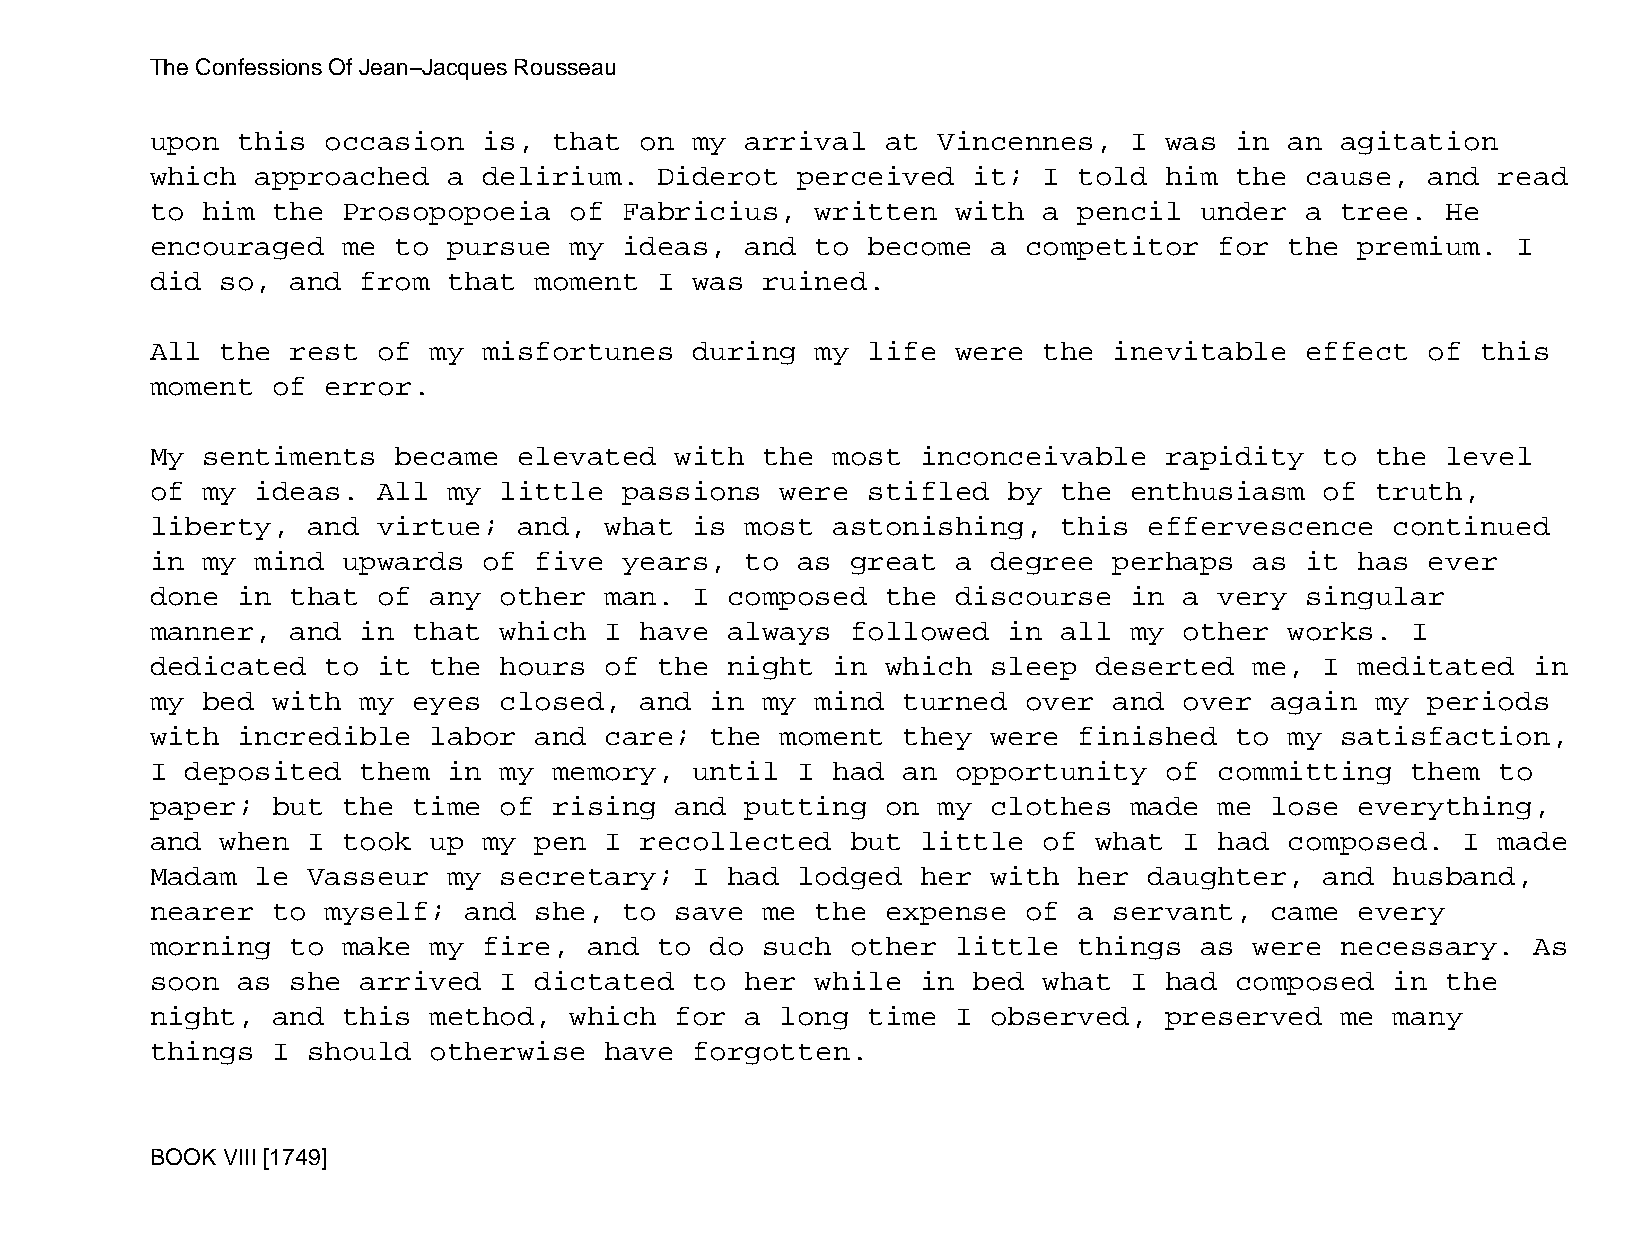
The Confessions Of Jean−Jacques Rousseau
 upon  this  occasion  is,  that on  my arrival   at Vincennes,   I was  in an  agitation
 which  approached   a delirium.   Diderot  perceived  it;  I told  him  the cause,   and read
 to him  the  Prosopopoeia   of Fabricius,   written  with  a pencil  under  a  tree.  He
 encouraged   me to  pursue  my ideas,  and  to become   a competitor   for the  premium.  I
 did  so, and  from  that moment   I was ruined.
 All  the rest  of my  misfortunes   during  my life  were  the  inevitable  effect   of this
 moment  of  error.
 My sentiments   became  elevated   with the  most  inconceivable   rapidity   to the  level
 of my  ideas.  All  my little  passions   were stifled   by the  enthusiasm   of truth,
 liberty,  and  virtue;  and,  what  is most  astonishing,   this  effervescence   continued
 in my  mind  upwards  of five  years,  to  as great  a  degree  perhaps  as it  has  ever
 done  in that  of any  other  man.  I composed   the discourse   in a  very singular
 manner,  and  in that  which  I have  always  followed   in all  my other  works.  I
 dedicated   to it the  hours  of  the night  in  which  sleep deserted   me,  I meditated  in
 my bed  with  my eyes  closed,  and  in my  mind  turned  over  and over  again  my  periods
 with  incredible  labor  and  care;  the  moment  they  were finished   to my  satisfaction,
 I deposited   them  in my  memory,  until  I had  an opportunity   of  committing  them  to
 paper;  but  the time  of  rising  and putting   on my  clothes  made  me lose  everything,
 and  when I  took up  my pen  I recollected   but  little  of what  I  had composed.   I made
 Madam  le Vasseur   my secretary;   I had  lodged  her  with her  daughter,   and husband,
 nearer  to  myself;  and she,  to  save me  the  expense  of a  servant,  came  every
 morning  to  make my  fire,  and  to do such  other  little  things  as  were  necessary.  As
 soon  as she  arrived  I dictated   to her  while  in bed  what  I had  composed  in  the
 night,  and  this method,   which  for a  long time  I  observed,  preserved   me many
 things  I should  otherwise   have  forgotten.
 BOOK VIII [1749]